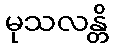
မုသလန္တိ